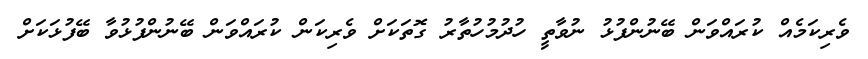
ވެރިކަމެއް ކުރައްވަން ބޭނުންފުޅު ނުވާތީ ހުދުމުހުތާރު ގޮތަކަށް ވެރިކަން ކުރައްވަން ބޭނުންފުޅުވާ ބޭފުޅަކަށް